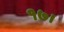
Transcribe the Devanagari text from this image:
१७।